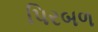
પિરબળ